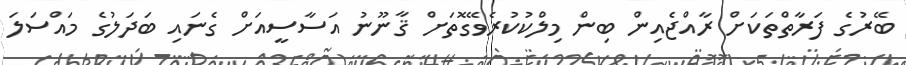
ބޭރުގެ ފަރާތްތަކަށް ރާއްޖެއިން ބިން މިލްކުކުރެވޭގޮތަށް ޤާނޫނު އަސާސީއަށް ގެނައި ބަދަލުގެ މައްސަލަ